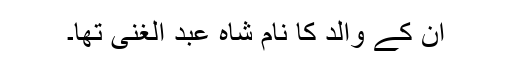
ان کے والد کا نام شاہ عبد الغنی تھا۔